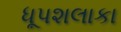
ધૂપશલાકા